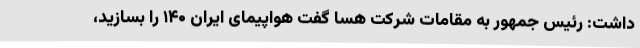
داشت: رئیس جمهور به مقامات شرکت هسا گفت هواپیمای ایران ۱۴۰ را بسازید،